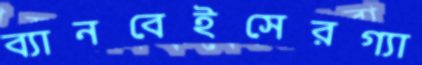
ব্যানবেইসেরগ্যা